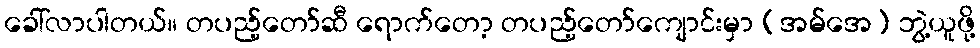
ခေါ်လာပါတယ်။ တပည့်တော်ဆီ ရောက်တော့ တပည့်တော်ကျောင်းမှာ (အမ်အေ) ဘွဲ့ယူဖို့